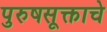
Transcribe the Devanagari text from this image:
पुरुषसूक्ताचे